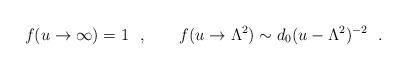
LaTeX: \begin{align*}f(u\to\infty)=1\ \ ,\qquad f(u\to \Lambda^2)\sim d_0(u-\Lambda^2)^{-2}\ \ .\end{align*}